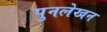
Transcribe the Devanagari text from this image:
पुनलेखन